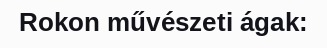
Rokon művészeti ágak: